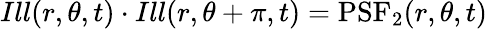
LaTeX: Ill(r,\theta,t)\cdot Ill(r,\theta+\pi,t)=\textrm{PSF}_{2}(r,\theta,t)